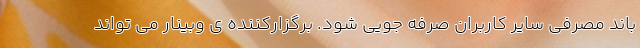
باند مصرفی سایر کاربران صرفه جویی شود. برگزارکننده ی وبینار می تواند